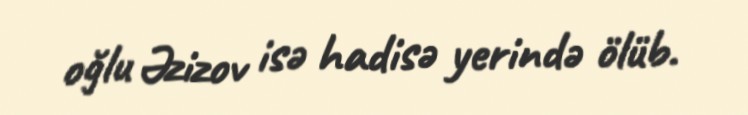
oğlu Əzizov isə hadisə yerində ölüb.